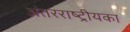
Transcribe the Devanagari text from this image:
अंतरराष्ट्रीयका